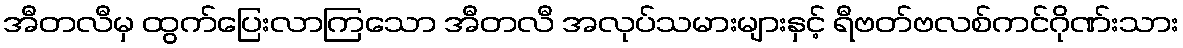
အီတလီမှ ထွက်ပြေးလာကြသော အီတလီ အလုပ်သမားများနှင့် ရီဗတ်ဗလစ်ကင်ဂိုဏ်းသား